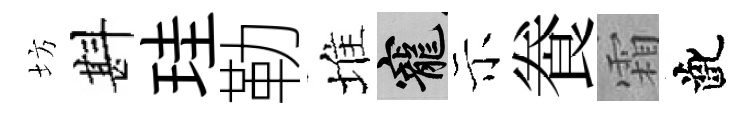
坊斟珪勒堆寵示飬霜齔